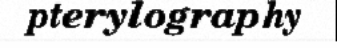
pterylography